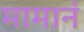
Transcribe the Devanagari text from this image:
मामानं